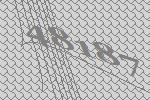
48187